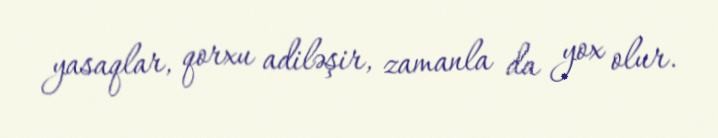
yasaqlar, qorxu adiləşir, zamanla da yox olur.